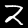
Digit: 2